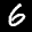
Label: 6